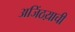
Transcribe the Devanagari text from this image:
अजिंठय़ाची